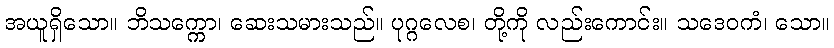
အယူရှိသော။ ဘိသက္ကော၊ ဆေးသမားသည်။ ပုဂ္ဂလေစ၊ တို့ကို လည်းကောင်း။ သဒေဝကံ၊ သော။